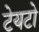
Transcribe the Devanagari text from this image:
टेयटो